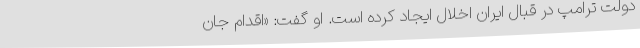
دولت ترامپ در قبال ایران اخلال ایجاد کرده است. او گفت: «اقدام جان